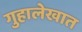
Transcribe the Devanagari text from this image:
गुहालेखात